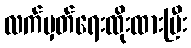
လက်မှတ်ရေးထိုးထားပြီး